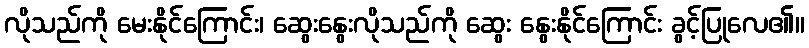
လိုသည်ကို မေးနိုင်ကြောင်း၊ ဆွေးနွေးလိုသည်ကို ဆွေး နွေးနိုင်ကြောင်း ခွင့်ပြုလေ၏။